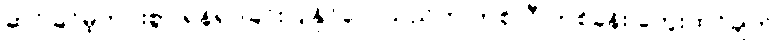
ဆင်ခြင်မဲ့ကင်းစွာ ရန်ရှာခြင်းပြုနိုင်လေသည်ဟု တစ်လီ တစ်ခန်း တွေးထင်ချက်